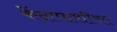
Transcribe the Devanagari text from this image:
केंद्रापाशीचा